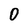
Character: 0